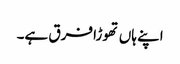
اپنے ہاں تھوڑا فرق ہے۔